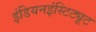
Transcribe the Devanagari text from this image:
इंडियनइंस्टिट्यूट